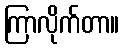
ကြာလိုက်တာ။